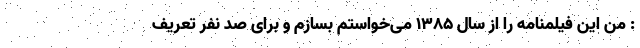
: من این فیلمنامه را از سال 1385 می‌خواستم بسازم و برای صد نفر تعریف